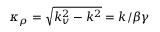
\kappa _ { \rho } = \sqrt { k _ { v } ^ { 2 } - k ^ { 2 } } = k / \beta \gamma